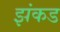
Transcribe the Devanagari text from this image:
झंकड